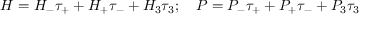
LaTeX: H = H _ { - } \tau _ { + } + H _ { + } \tau _ { - } + H _ { 3 } \tau _ { 3 } ; \quad P = P _ { - } \tau _ { + } + P _ { + } \tau _ { - } + P _ { 3 } \tau _ { 3 }